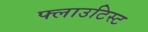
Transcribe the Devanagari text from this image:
फ्लाउटिस्ट